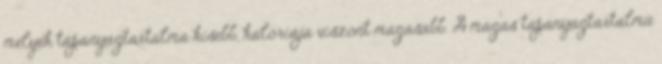
melyek tápanyagtartalma kisebb, kalóriája viszont magasabb. A magas tápanyagtartalmú